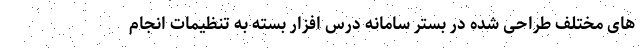
های مختلف طراحی شده در بستر سامانه درس افزار بسته به تنظیمات انجام